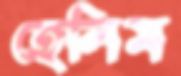
হেলিম